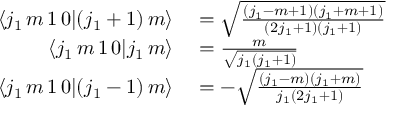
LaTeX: \begin{array} { r l } { \langle j _ { 1 } \, m \, 1 \, 0 | ( j _ { 1 } + 1 ) \, m \rangle } & { { } = { \sqrt { \frac { ( j _ { 1 } - m + 1 ) ( j _ { 1 } + m + 1 ) } { ( 2 j _ { 1 } + 1 ) ( j _ { 1 } + 1 ) } } } } \\ { \langle j _ { 1 } \, m \, 1 \, 0 | j _ { 1 } \, m \rangle } & { { } = { \frac { m } { \sqrt { j _ { 1 } ( j _ { 1 } + 1 ) } } } } \\ { \langle j _ { 1 } \, m \, 1 \, 0 | ( j _ { 1 } - 1 ) \, m \rangle } & { { } = - { \sqrt { \frac { ( j _ { 1 } - m ) ( j _ { 1 } + m ) } { j _ { 1 } ( 2 j _ { 1 } + 1 ) } } } } \end{array}